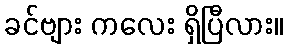
ခင်ဗျား ကလေး ရှိပြီလား။